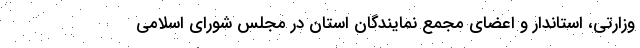
وزارتی، استاندار و اعضای مجمع نمایندگان استان در مجلس شورای اسلامی